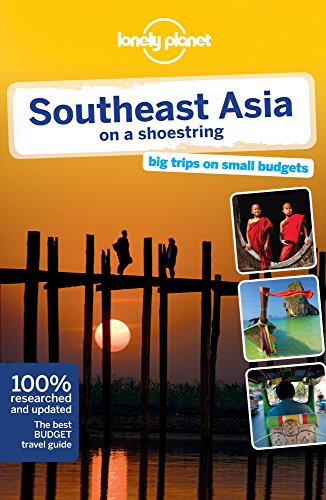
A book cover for Lonely Planet Southeast Asia on a shoestring (Travel Guide); China Williams; Travel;